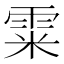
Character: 𩂮